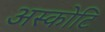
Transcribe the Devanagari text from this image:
अस्कोटि